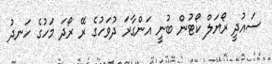
ސައުދީ ރޯޔަލް ކޯޓުން ބުނީ އަންގާރަ ދުވަހުގެ ރޭ ރޯދަ މަހުގެ ހަނދު